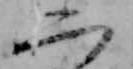
二